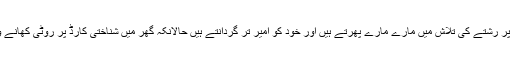
مایوس ہو کر فیسبک پر رشتے کی تلاش میں مارے مارے پھرتے ہیں اور خود کو امیر تر گردانتے ہیں حالانکہ گھر میں شناختی کارڈ پر روٹی کھانے والے لوگ ہوتے ہیں ۔